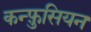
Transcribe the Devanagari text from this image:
कन्फ़ुसियन